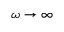
\omega \rightarrow \infty